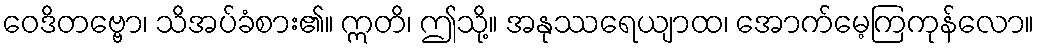
ဝေဒိတဗ္ဗော၊ သိအပ်ခံစား၏။ ဣတိ၊ ဤသို့။ အနုဿရေယျာထ၊ အောက်မေ့ကြကုန်လော။